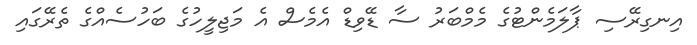
އިނގިރޭސި ޕާލަމެންޓުގެ މެމްބަރު ސާ ޑޭވިޑް އެމެސް އެ މަޖިލީހުގެ ބަހުސެއްގެ ތެރޭގައި